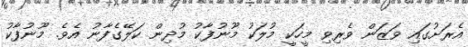
އެރަށުގައި ވަޒަން ވެރިވި މީހަކީ މުލަކު މޫނުފާކު މުދިން ކަލޭގެފާނު އެވެ. މޫނުފާކު